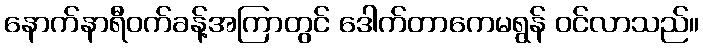
နောက်နာရီဝက်ခန့်အကြာတွင် ဒေါက်တာကေမရွန် ဝင်လာသည်။